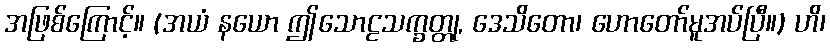
အဖြစ်ကြောင့်။ (အယံ နယော ဤသောဠသက္ခတ္တု, ဒေသိတော၊ ဟောတော်မူအပ်ပြီ။) ဟိ၊